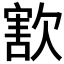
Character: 𣣶